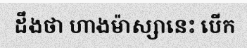
ដឹងថា ហាងម៉ាស្សានេះ បើក